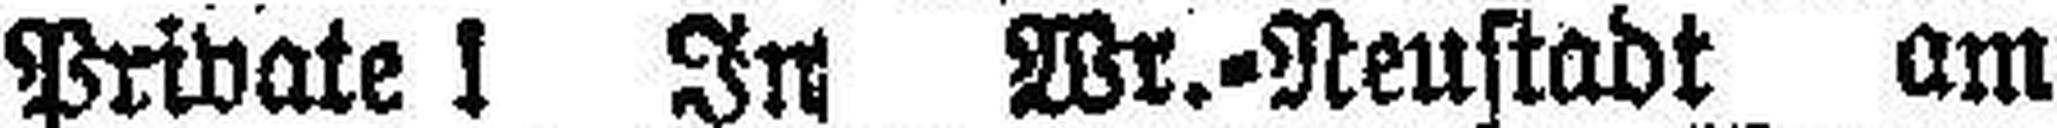
Private 1 In Wr.-Neustadt am